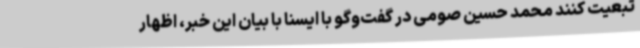
تبعیت کنند محمد حسین صومی در گفت‌وگو با ایسنا با بیان این خبر، اظهار